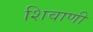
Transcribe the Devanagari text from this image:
शिवाणी